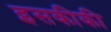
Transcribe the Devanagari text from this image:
इसकीकी